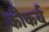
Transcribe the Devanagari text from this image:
कौकर्य